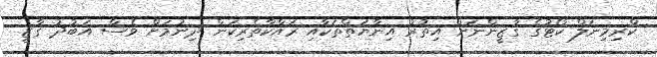
ކްރިމިނަލް ކޯޓުގެ ގާޒީންނަށް އިތުރު އިނާޔަތްތަކާއި ރައްކާތެރިކަން ދިނުމަށް ވެސް އަބުދު ގާޒީ